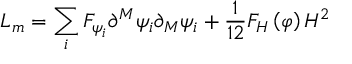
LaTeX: L _ { m } = \sum _ { i } F _ { \psi _ { i } } \partial ^ { M } \psi _ { i } \partial _ { M } \psi _ { i } + \frac 1 { 1 2 } F _ { H } \left( \varphi \right) H ^ { 2 }